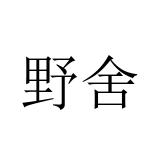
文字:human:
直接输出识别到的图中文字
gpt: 野舍